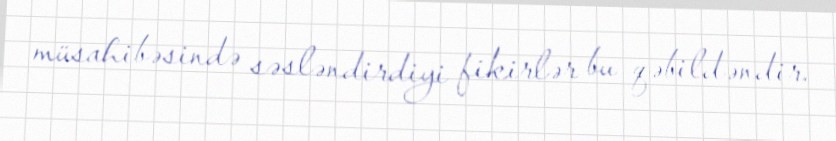
müsahibəsində səsləndirdiyi fikirlər bu qəbildəndir.